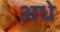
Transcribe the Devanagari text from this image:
अधे